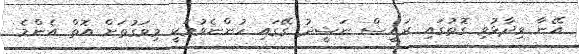
އޭނާ ވިދާޅުވި ގޮތުގައި ރައީސް ނަޝީދު ގޭގައި ހުންނެވުމަކީ މިވަގުތަށް އޮތް އެންމެ